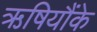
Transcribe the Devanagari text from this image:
ऋषियौंके